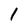
Character: 1